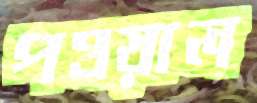
পওয়াল